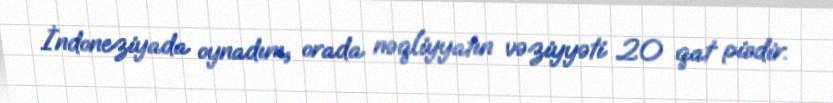
İndoneziyada oynadım, orada nəqliyyatın vəziyyəti 20 qat pisdir.